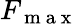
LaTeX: F_{\mathrm{~m~a~x~}}